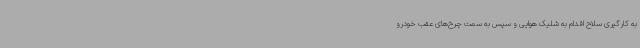
به کارگیری سلاح اقدام به شلیک هوایی و سپس به سمت چرخ‌های عقب خودرو